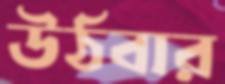
উঠবার